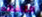
التافهه